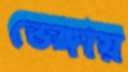
ভেঙ্গায়